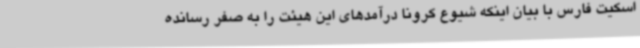
اسکیت فارس با بیان اینکه شیوع کرونا درآمدهای این هیئت را به صفر رسانده